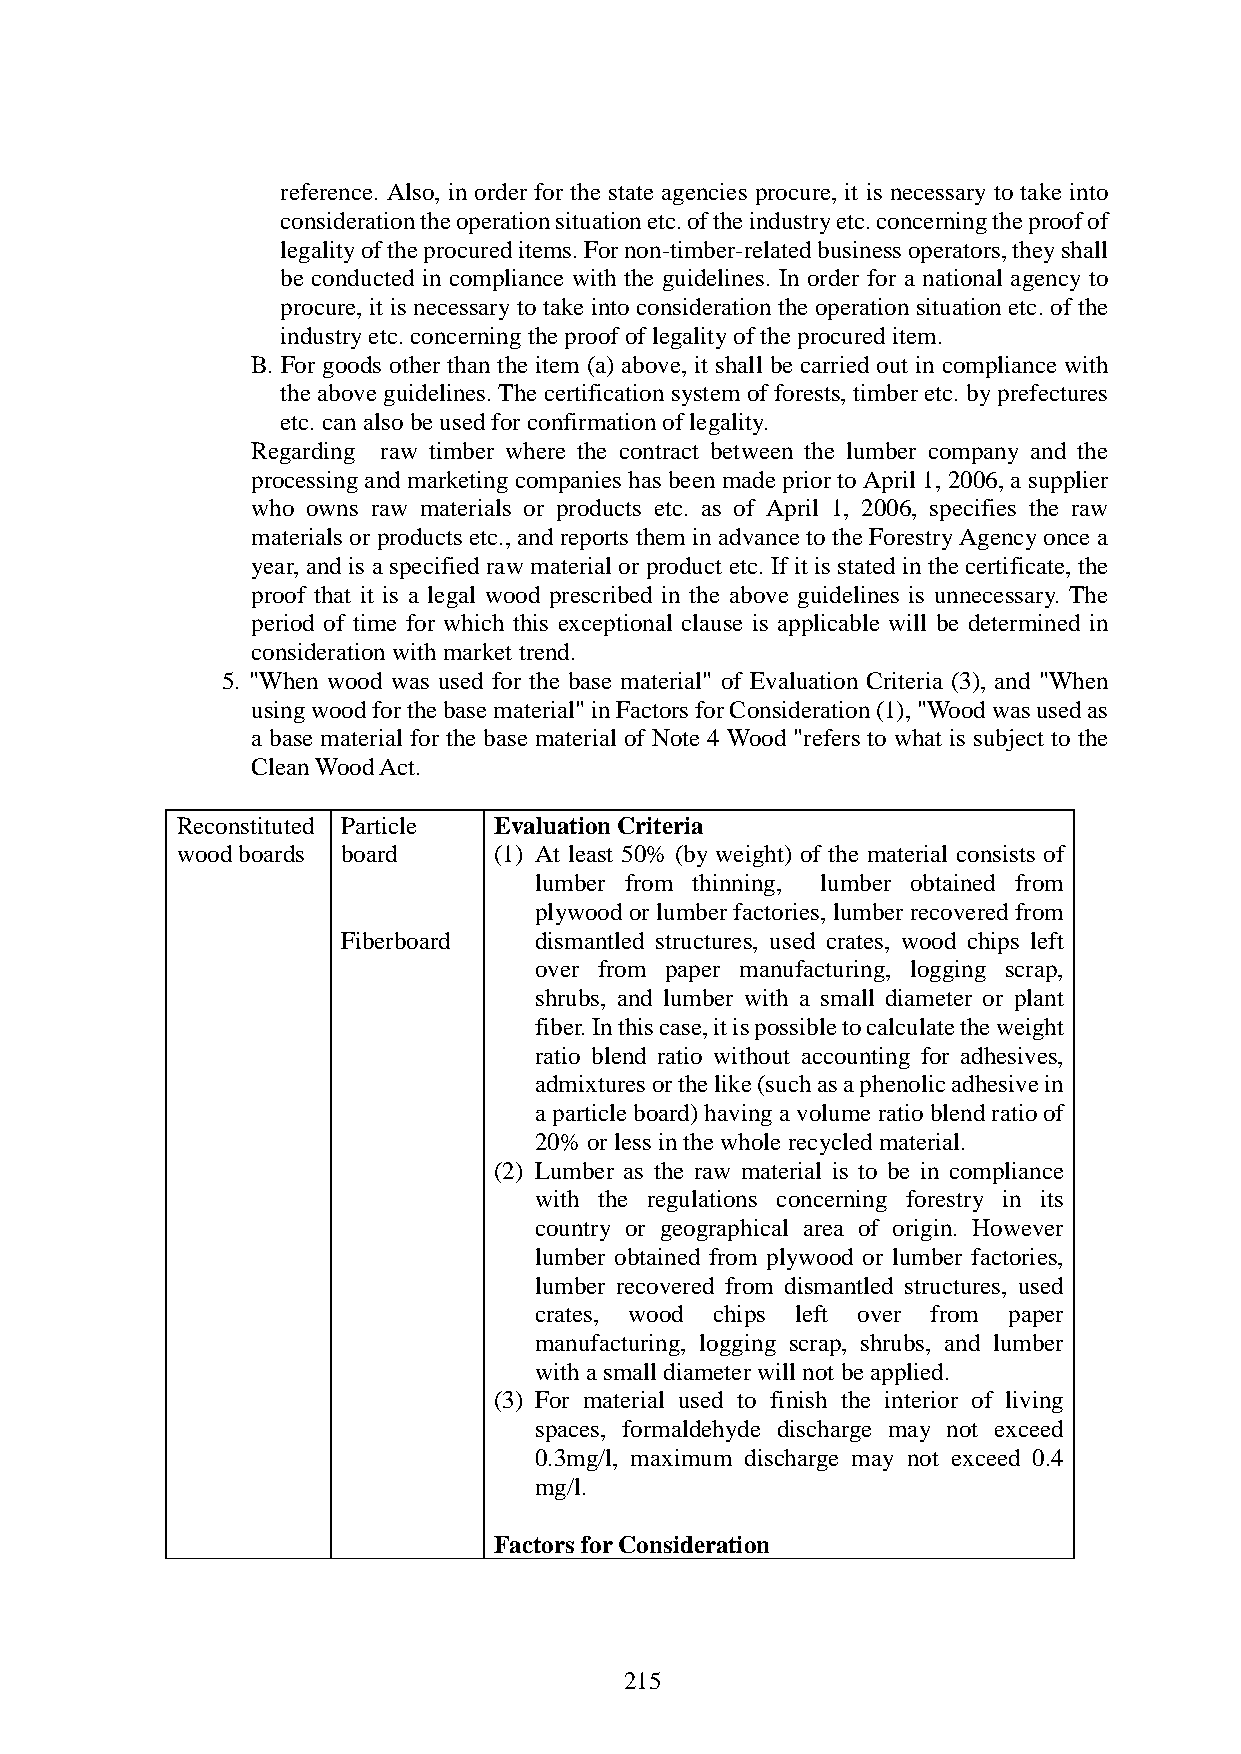
reference. Also, in order for the state agencies procure, it is necessary to take into
 consideration the operation situation etc. of the industry etc. concerning the proof of
 legality of the procured items. For non-timber-related business operators, they shall
 be conducted in compliance with the guidelines. In order for a national agency to
 procure, it is necessary to take into consideration the operation situation etc. of the
 industry etc. concerning the proof of legality of the procured item.
 B. For goods other than the item (a) above, it shall be carried out in compliance with
 the above guidelines. The certification system of forests, timber etc. by prefectures
 etc. can also be used for confirmation of legality.
 Regarding raw timber where the contract between the lumber company and the
 processing and marketing companies has been made prior to April 1, 2006, a supplier
 who owns raw materials or products etc. as of April 1, 2006, specifies the raw
 materials or products etc., and reports them in advance to the Forestry Agency once a
 year, and is a specified raw material or product etc. If it is stated in the certificate, the
 proof that it is a legal wood prescribed in the above guidelines is unnecessary. The
 period of time for which this exceptional clause is applicable will be determined in
 consideration with market trend.
 5. "When wood was used for the base material" of Evaluation Criteria (3), and "When
 using wood for the base material" in Factors for Consideration (1), "Wood was used as
 a base material for the base material of Note 4 Wood "refers to what is subject to the
 Clean Wood Act.
 Reconstituted Particle Evaluation Criteria
 wood boards board    (1) At least 50% (by weight) of the material consists of
 lumber from thinning, lumber obtained from
 plywood or lumber factories, lumber recovered from
 Fiberboard  dismantled structures, used crates, wood chips left
 over from paper manufacturing, logging scrap,
 shrubs, and lumber with a small diameter or plant
 fiber. In this case, it is possible to calculate the weight
 ratio blend ratio without accounting for adhesives,
 admixtures or the like (such as a phenolic adhesive in
 a particle board) having a volume ratio blend ratio of
 20% or less in the whole recycled material.
 (2) Lumber as the raw material is to be in compliance
 with the regulations concerning forestry in its
 country or geographical area of origin. However
 lumber obtained from plywood or lumber factories,
 lumber recovered from dismantled structures, used
 crates, wood chips left over from paper
 manufacturing, logging scrap, shrubs, and lumber
 with a small diameter will not be applied.
 (3) For material used to finish the interior of living
 spaces, formaldehyde discharge may not exceed
 0.3mg/l, maximum discharge may not exceed 0.4
 mg/l.
 Factors for Consideration
 215